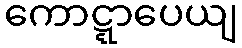
ကောဋ္ဋာပေယျ